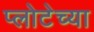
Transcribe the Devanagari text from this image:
प्लोटेच्या